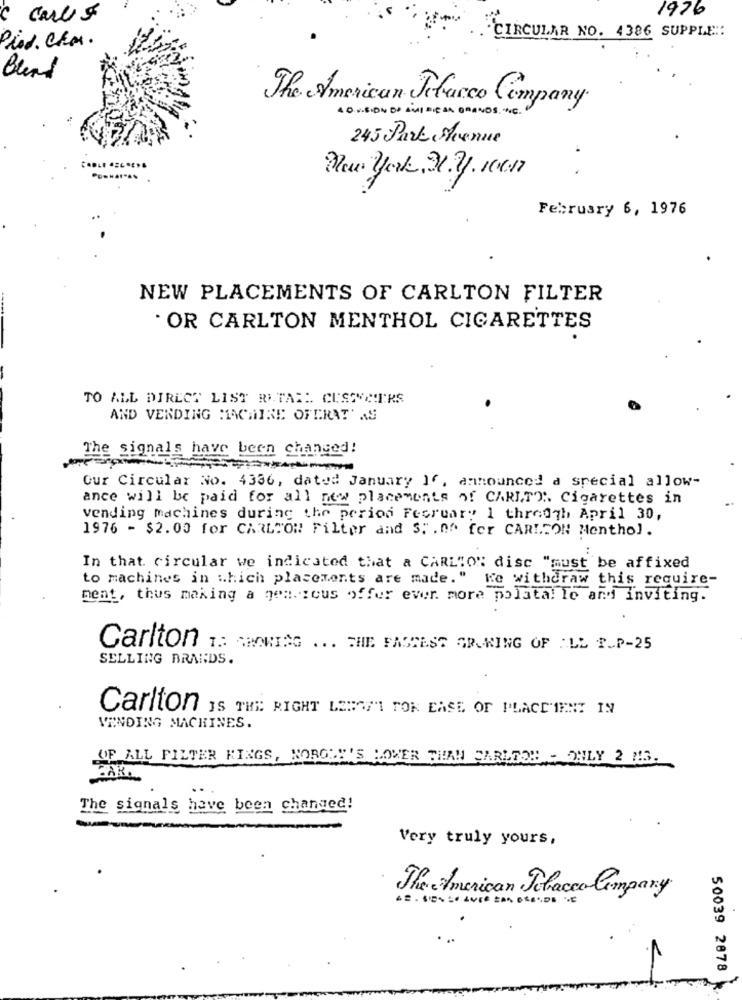
1976
carlo
"CIRCULAR NO. 4386 SUPPLE ::
Pind. Char.
Bund
The American Tobacco Company
40 VISION OF AMIDIERA BRANDS INC .
245 Park Shvenue
New york , Ny. men
February 6, 1976
NEW PLACEMENTS OF CARLTON FILTER
. OR CARLTON MENTHOL CIGARETTES
TO ALL DIRECT LIST RITASE CUSCVCTRS
AND VENDING MACHINE OFERAT'AS
The signals have been changed!
Our Circular No. 4336, dated January ]f, announced a special allow-
ance will be paid for all new placements of CARITO Cigarettes in
vending machines during the period Fecruary 1 through April 30,
1976 - $2.00 for CARLTON Filter and S; . Af fer CARLTON Menthol.
In that circular we indicated that a CARLTON disc "must be affixed
to machines in which placements are made."
Ke withdraw this require-
ment, thus making a gen.tous offer ever more polata! le and inviting.
Carlton 1: GROWING ... THE FASTEST GROWING OF ILL PLP-25
SELLING BRANDS.
Carlton IS THE RIGHT LEBOM" TOK EASE OF PLACEMENT IN
VENDING MACHINES.
OF ALL FILTER KINGS, NOROME'S LOWER THAN CARLSON - ONLY 2 M3.
The signals have been changed!
Very truly yours,
The American Tobacco Company
50039 2878